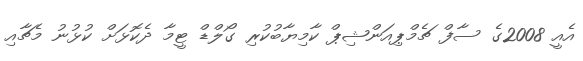
އެއީ 2008ގެ ސާފް ޗެމްޕިއަންޝިޕް ކާމިޔާބުކުރި ގޯލްޑް ޓީމާ ދެކޮޅަށް ކުޅުނު މެޗާއި